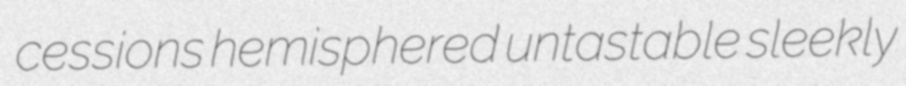
cessions hemisphered untastable sleekly